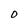
Character: O